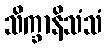
သိက္ခာနိသံသံ